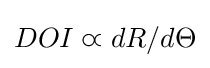
DOI\varpropto dR/d\Theta